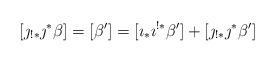
LaTeX: \begin{align*}[\jmath_{!*}\jmath^*\beta] = [\beta'] =[\imath_*\imath^{!*}\beta'] + [\jmath_{!*}\jmath^*\beta']\end{align*}